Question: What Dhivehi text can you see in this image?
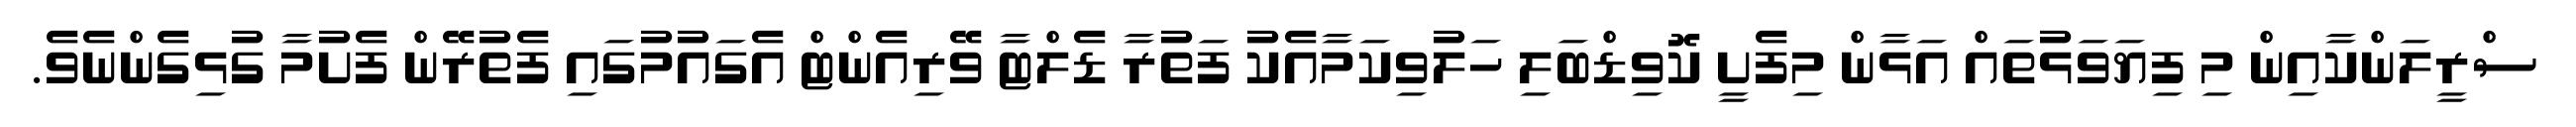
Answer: ސްރީލަންކާއިން މި ފިޔަވަޅުތައް އަޅާން މިފެށީ ކޮވިޑްބަލި ހަލުވިކަމާއެކު ފަތުރާ ޑެލްޓާ ވޭރިއެންޓް އެގައުމުގައި ފެތުރޭން ފެށުމާ ގުޅިގެންނެވެ.